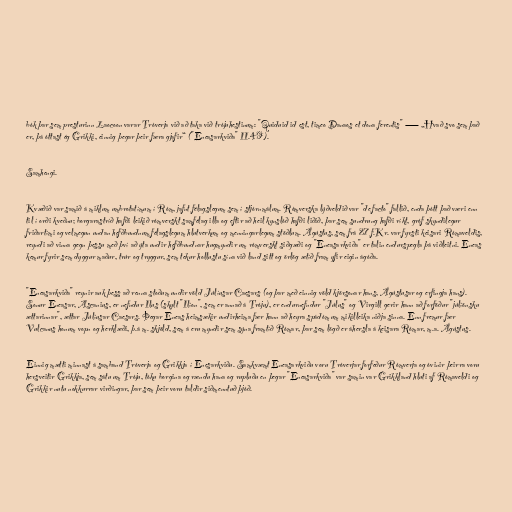
bók þar sem presturinn Laocoon varar Tróverja við að taka við trójuhestinum: "Quiduid id est, timeo Danaos et dona ferentis" — „Hvað svo sem það
er, þá óttast ég Grikki, einnig þegar þeir færa gjafir“ ("Eneasarkviða" II.49).

Samhengi.

Kvæðið var samið á miklum umbrotatímum í Róm, jafnt félagslegum sem í stjórnmálum. Rómverska lýðveldið var "de facto" fallið, enda þótt það væri enn
til í orði kveðnu; borgarastríð hafði leikið rómverskt samfélag illa og eftir að heil kynslóð hafði liðið, þar sem sundrung hafði ríkt, gróf skyndilegur
friðartími og velmegun undan hefðbundnum félagslegum hlutverkum og menningarlegum stöðlum. Ágústus, sem frá 27 f.Kr. var fyrsti keisari Rómaveldis,
reyndi að vinna gegn þessu með því að ýta undir hefðbundnar hugmyndir um rómverskt siðgæði og "Eneasarkviða" er talin endurspegla þá viðleitni. Eneas
kemur fyrir sem dyggur maður, trúr og tryggur, sem tekur hollustu sína við land sitt og örlög ætíð fram yfir eigin ágóða.

"Eneasarkviða" reynir auk þess að renna stoðum undir völd Júlíusar Caesars (og þar með einnig völd kjörsonar hans, Ágústusar og erfingja hans).
Sonur Eneasar, Ascanius, er nefndur Ilus (skylt "Ilíon", sem er annað á Tróju), er endurnefndur "Júlus" og Virgill gerir hann að forföður "júlíönsku
ættarinnar", ættar Júlíusar Caesars. Þegar Eneas heimsækir undirheima fær hann að heyra spádóm um mikilleika niðja sinna. Enn fremur fær
Vulcanus honum vopn og herklæði, þ.á m. skjöld, sem á eru myndir sem sýna framtíð Rómar, þar sem lögð er áhersla á keisara Rómar, m.a. Ágústus.

Einnig mætti minnast á samband Tróverja og Grikkja í Enesarkviðu. Samkvæmt Eneasarkviðu voru Tróverjar forfeður Rómverja og óvinir þeirra voru
hersveitir Grikkja, sem sátu um Tróju, tóku borgina og rændu hana og rupluðu en þegar "Eneasarkviða" var samin var Grikkland hluti af Rómaveldi og
Grikkir nutu nokkurrar virðingar, þar sem þeir voru taldir siðmenntuð þjóð.